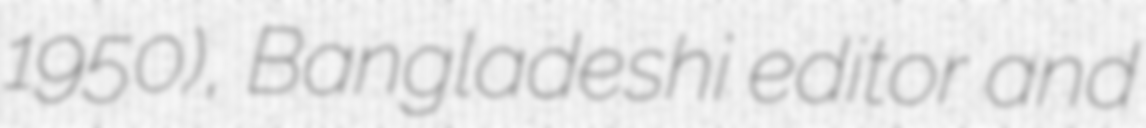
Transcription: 1950), Bangladeshi editor and